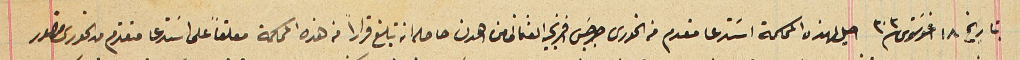
بتاريخ ١٨ اغوسَتوس ٣٠٣ احيل لهذه المحكمة استدعا مقدم من الخورى جرجس افرنجيه العثمانى من اهدن حاصله انه تبلغ قراراً من هذه المحكمة معلقاً على استدعا متقدم من الخورى منصور